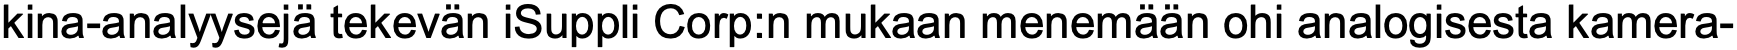
kina-analyysejä tekevän iSuppli Corp:n mukaan menemään ohi analogisesta kamera-